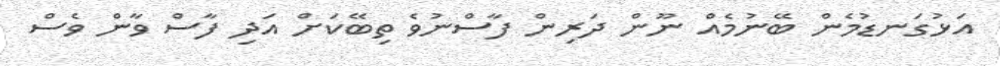
އަޅުގަނޑުމެން ބޭނުމެއް ނޫން ދަރިން ފާސްނުވެ ތިބޭކަށް އަދި ފާސް ވާން ވެސް